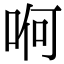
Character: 哬